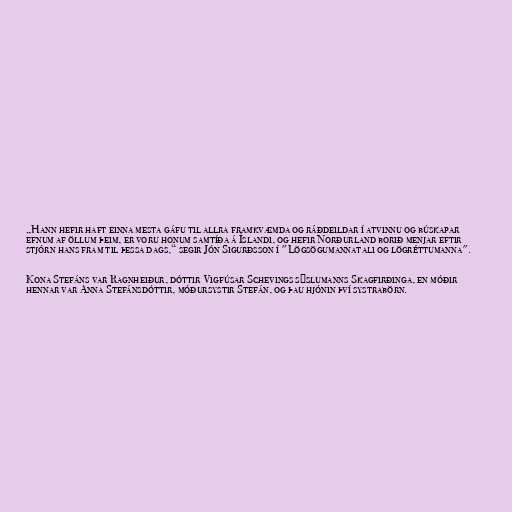
„Hann hefir haft einna mesta gáfu til allra framkvæmda og ráðdeildar í atvinnu og búskapar
efnum af öllum þeim, er voru honum samtíða á Íslandi, og hefir Norðurland borið menjar eftir
stjórn hans fram til þessa dags,“ segir Jón Sigurðsson í "Lögsögumannatali og lögréttumanna".

Kona Stefáns var Ragnheiður, dóttir Vigfúsar Schevings sýslumanns Skagfirðinga, en móðir
hennar var Anna Stefánsdóttir, móðursystir Stefán, og þau hjónin því systrabörn.